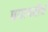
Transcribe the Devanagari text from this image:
प्रयागतीर्थ